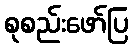
စုစည်းဖော်ပြ